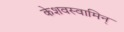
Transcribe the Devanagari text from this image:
केशवस्वामिन्